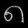
Digit: ၈